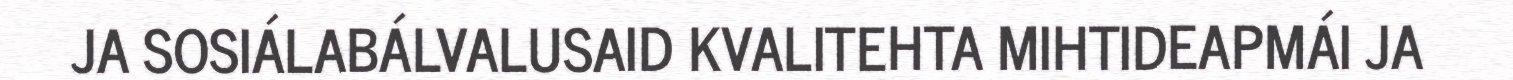
JA SOSIÁLABÁLVALUSAID KVALITEHTA MIHTIDEAPMÁI JA